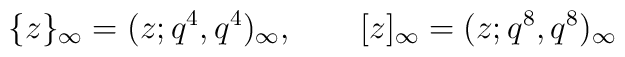
\{z\}_\infty=(z;q^4,q^4)_\infty,\qquad[z]_\infty=(z;q^8,q^8)_\infty